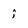
Character: i